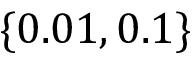
\lbrace 0 . 0 1 , 0 . 1 \rbrace